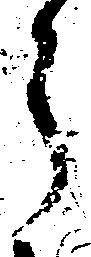
う